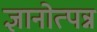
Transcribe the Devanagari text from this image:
ज्ञानोत्पन्न